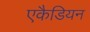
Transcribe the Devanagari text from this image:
एकैडियन